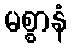
မစ္စာနံ